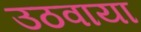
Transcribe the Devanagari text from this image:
उठवाया